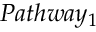
P a t h w a y _ { 1 }